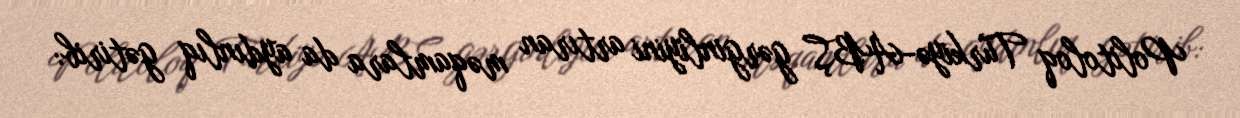
Politoloq Türkiyə-ABŞ gərginliyini artıran məqamlara da aydınlıq gətirib: